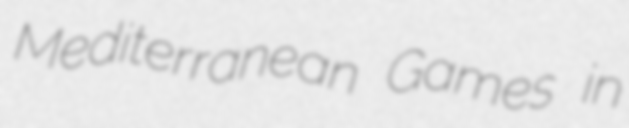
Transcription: Mediterranean Games in